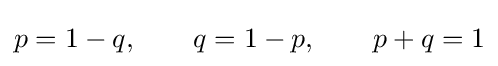
p=1-q,\quad \quad q=1-p,\quad \quad p+q=1